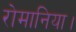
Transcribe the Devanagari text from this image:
रोमानिया।